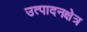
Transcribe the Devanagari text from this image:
उत्पादनक्षेत्र